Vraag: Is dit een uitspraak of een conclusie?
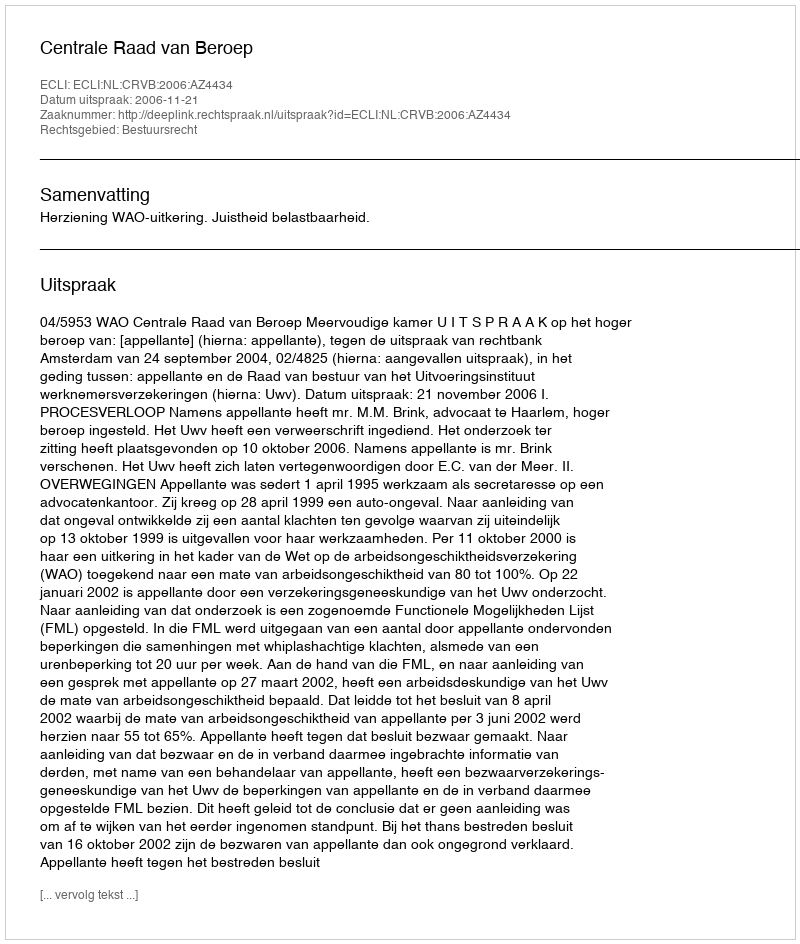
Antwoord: Uitspraak